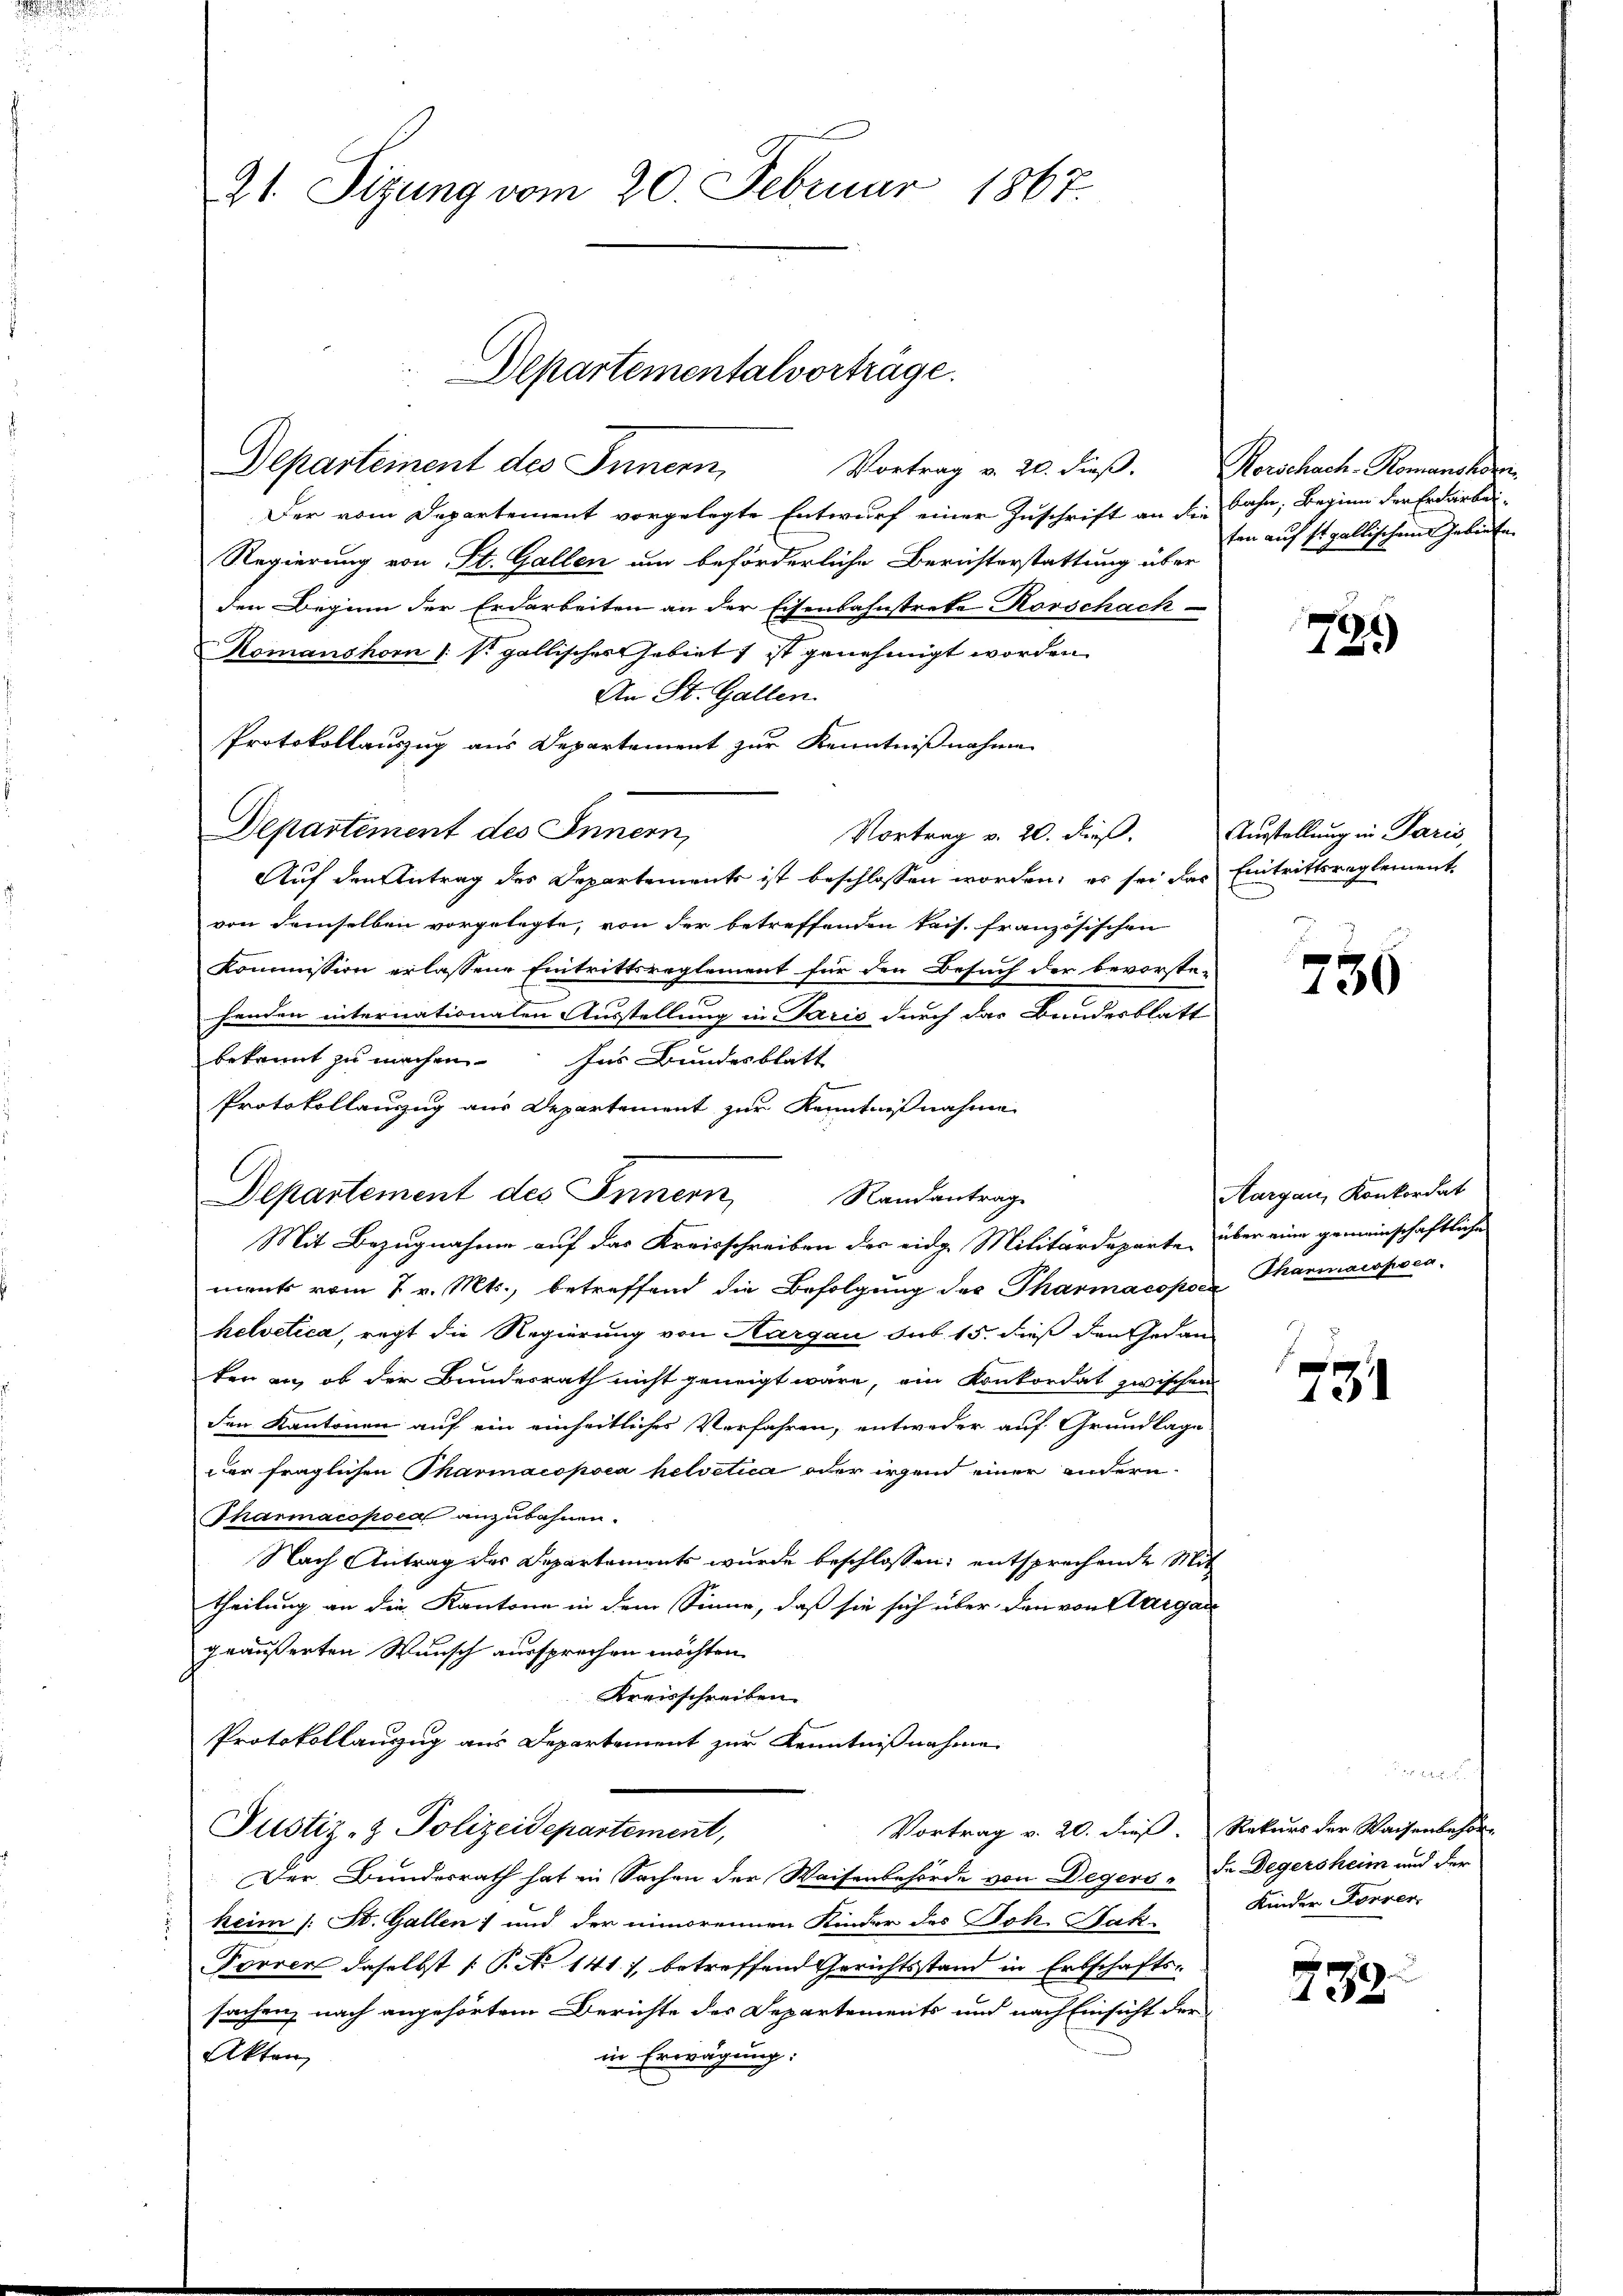
21. Sizung vom 20. Februar 1867.

Departementalvorträge.
Departement des Innern,
Vortrag v. 20. dieβ. Herschach-Romancher,

Der vom Departement vorgelegte Entwurf einer Zuschrift an Bahn, Beginn der Erdarbei-
Regierung von St. Gallen um beförderliche Berichterstattung über
den Beginn der Erdarbeiten an der Eisenbahnstrete Korschach
Komanshorn u. s. gallisches Gebiet ist genehmigt worden.
An St. Gallen.
Protokollauszug aus Departement zur Kenntnißnahme
Vortrag v. 20. dieß.
Auf den Antrag des Departements ist beschlossen worden; es sei das Eintrittsreglement-
von demselben vorgelegte, von der betreffenden kais. französischen
Kommission erlassene Eintrittsreglement für den Besuch der bevorste-
henden internationalen Ausstellung in Paris durch das Bundesblatt
bekannt zu machen für Bundesblatt
Protokollanzug aus Departement zur Kenntnißnahme
Departement des Innern,
Randantrag.
Mit Bezugnahme auf das Kreisschreiben des eidg. Militärdeparte, über eine gemeinschaftliche
ments vom 7 v. Mts., betreffend die Befolgung des Pharmacopoe Thannacspoca-
helvetica, regt die Regierung von Kargau sub 15. dieß den Gedan-
ken an, ob der Bundesrath nicht geneigt wäre, ein Konkordat zwischen
den Kantonen auf ein einheitliches Verfahren, entweder auf Grundlage
der fraglichen Tharmacopoea helvetica oder irgend einer andern
Tharmacopoea anzubahnen.
Nach Antrag des Departements wurde beschlossen, entsprechende Mit
theilung an die Kantone in dem Sinne, daß sie sich über den von Aargar
geäußerten Wunsch aussprechen möchten.
Kreisschreiben.
Protokollanzug aus Departement zur Kenntnißnahme
Vortrag v. 20. dieß. Rekurs der Waisenbehör-
Justiz- & Polizeidepartement,
Der Bundesrath hat in Sachen der Waisenbehörde von Degers - In Degersheim und der
keim (: St. Gallen; und der nimorennen Kinder des Joh. Fak-
Forrer daselbst [P. No 141. 1, betreffend Gerichtsstand in Erbschafts-
sachen, nach angehörtem Berichte des Departements und nach Einsicht der
in Erwägung:
Akten,

Departement des Innern,

ten auf stgallischem Gebiete

799

Ausstellung in Paris,

730

Aargau, Konkordat

754

e
Kinder Forrer.

753.